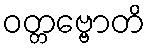
ဝတ္တဗ္ဗောတိ